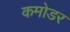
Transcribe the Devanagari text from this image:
कमोडर